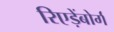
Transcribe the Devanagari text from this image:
रिएड़ेंबोर्ग